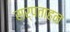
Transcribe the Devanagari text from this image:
सर्पताहन